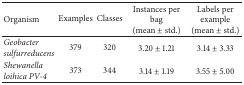
<table><thead><tr><td><b>Organism</b></td><td><b>Examples</b></td><td><b>Classes</b></td><td><b>Instances per bag (mean ± std.)</b></td><td><b>Labels per example(mean ± std.)</b></td></tr></thead><tbody><tr><td><i>Geobacter sulfurreducens </i></td><td>379</td><td>320</td><td>3.20 ± 1.21</td><td>3.14 ± 3.33</td></tr><tr><td><i>Shewanella loihica PV-4 </i></td><td>373</td><td>344</td><td>3.14 ± 1.19</td><td>3.55 ± 5.00</td></tr></tbody></table>